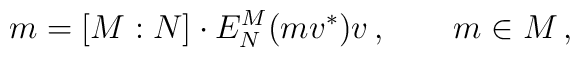
m=[M:N] \cdot E^M_N(mv^*)v \,, \qquad m\in M\,,